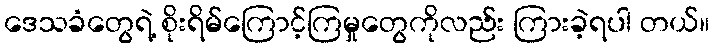
ဒေသခံတွေရဲ့ စိုးရိမ်ကြောင့်ကြမှုတွေကိုလည်း ကြားခဲ့ရပါ တယ်။